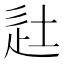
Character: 𨑡